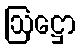
ဩဋ္ဌော